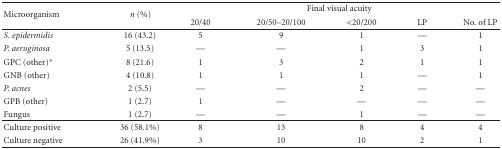
<table><thead><tr><td rowspan="2"><b>Microorganism</b></td><td rowspan="2"><b><i>n</i> (%)</b></td><td colspan="5"><b>Final visual acuity</b></td></tr><tr><td><b>20/40</b></td><td><b>20/50–20/100</b></td><td><b>&lt;20/200</b></td><td><b> LP</b></td><td><b>No. of LP</b></td></tr></thead><tbody><tr><td><i>S. epidermidis</i></td><td>16 (43.2)</td><td>5</td><td>9</td><td>1</td><td>—</td><td>1</td></tr><tr><td><i>P. aeruginosa</i></td><td>5 (13.5)</td><td>—</td><td>—</td><td>1</td><td>3</td><td>1</td></tr><tr><td>GPC (other)*</td><td>8 (21.6)</td><td>1</td><td>3</td><td>2</td><td>1</td><td>1</td></tr><tr><td>GNB (other)</td><td>4 (10.8)</td><td>1</td><td>1</td><td>1</td><td>—</td><td>1</td></tr><tr><td><i>P. acnes</i></td><td>2 (5.5)</td><td>—</td><td>—</td><td>2</td><td>—</td><td>—</td></tr><tr><td>GPB (other)</td><td>1 (2.7)</td><td>1</td><td>—</td><td>—</td><td>—</td><td>—</td></tr><tr><td>Fungus</td><td>1 (2.7)</td><td>—</td><td>—</td><td>1</td><td>—</td><td>—</td></tr><tr><td>Culture positive</td><td>36 (58.1%)</td><td>8</td><td>13</td><td>8</td><td>4</td><td>4</td></tr><tr><td>Culture negative</td><td>26 (41.9%)</td><td>3</td><td>10</td><td>10</td><td>2</td><td>1</td></tr></tbody></table>